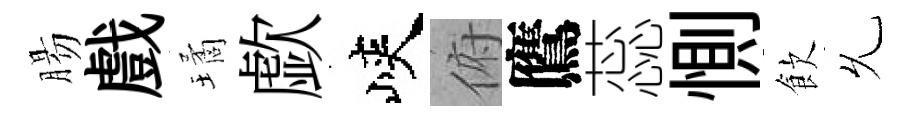
腸戲璚歔峽俯鷹蕊惻飲𠃔